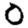
Digit: 0